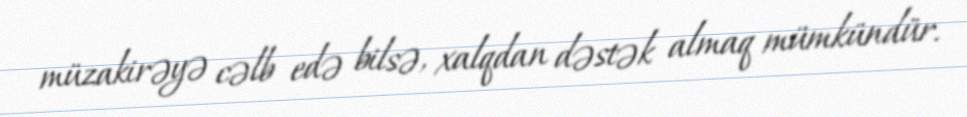
müzakirəyə cəlb edə bilsə, xalqdan dəstək almaq mümkündür.